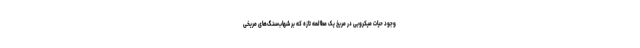
وجود حیات میکروبی در مریخ یک مطالعه تازه که بر شهاب‌سنگ‌های مریخی